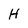
Character: H